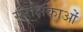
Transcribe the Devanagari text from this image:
संरक्षिकाओं